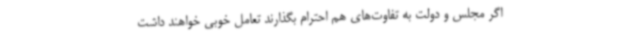
اگر مجلس و دولت به تفاوت‌های هم احترام بگذارند تعامل خوبی خواهند داشت